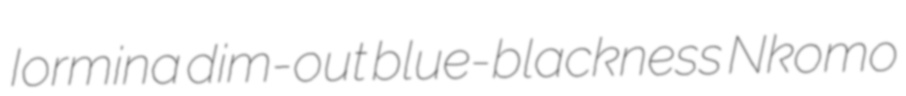
Iormina dim-out blue-blackness Nkomo